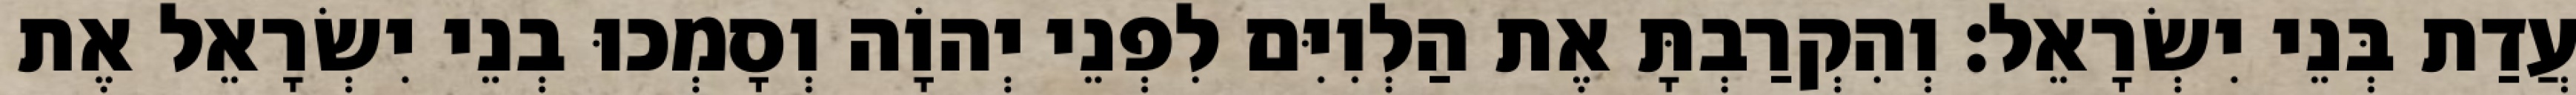
עֲדַת בְּנֵי יִשְׂרָאֵל׃ וְהִקְרַבְתָּ אֶת הַלְוִיִּם לִפְנֵי יְהוָֹה וְסָמְכוּ בְנֵי יִשְׂרָאֵל אֶת